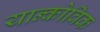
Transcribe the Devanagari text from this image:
यान्कोविक